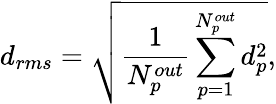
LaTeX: d_{rms}=\sqrt{\frac{1}{N_{p}^{out}}\sum_{p=1}^{N_{p}^{out}}d_{p}^{2}},